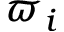
\varpi _ { i }